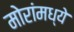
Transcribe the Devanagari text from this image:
मोरांमध्ये